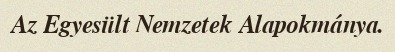
Az Egyesült Nemzetek Alapokmánya.